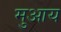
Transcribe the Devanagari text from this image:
मुआय